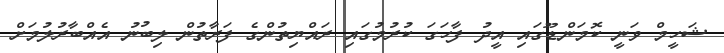
ޝަހީމް ވަނީ ކޮމަންޑޫގައި އީދު ފާހަގަ ކުރުމުގައި ރައްޔިތުންގެ ފަރާތުން ލިބުނު އެއްބާރުލުމަށް